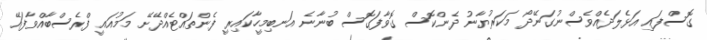
ގޮސްފައި އަޅެލަދެއްވެސްނުގަނޭދޯ މަކަރުޔާނު ދެންކޮސް ގޮވާފަގޮސް ބުނާނެ އަނބިމީހާކައިރީ ފެންތައްޓެއްދޭށޭ މަމުއައީ ފްރެސްބާއްވާފައޭ